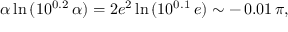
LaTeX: \alpha \ln { ( 1 0 ^ { 0 . 2 } \, \alpha ) } = 2 e ^ { 2 } \ln { ( 1 0 ^ { 0 . 1 } \, e ) } \sim - \, 0 . 0 1 \, \pi ,